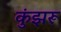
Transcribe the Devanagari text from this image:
कुंझरू